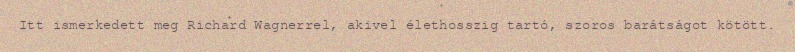
Itt ismerkedett meg Richard Wagnerrel, akivel élethosszig tartó, szoros barátságot kötött.